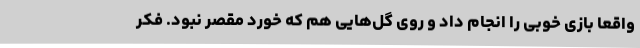
واقعا بازی خوبی را انجام داد و روی گل‌هایی هم که خورد مقصر نبود. فکر